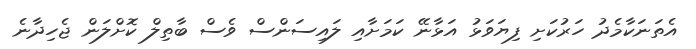
އެތަނަކާމެދު ހަރުކަށި ފިޔަވަޅު އަޅާނޭ ކަމަށާއި ލައިސަންސް ވެސް ބާތިލް ކޮށްލަން ޖެހިދާނެ